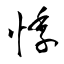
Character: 悸